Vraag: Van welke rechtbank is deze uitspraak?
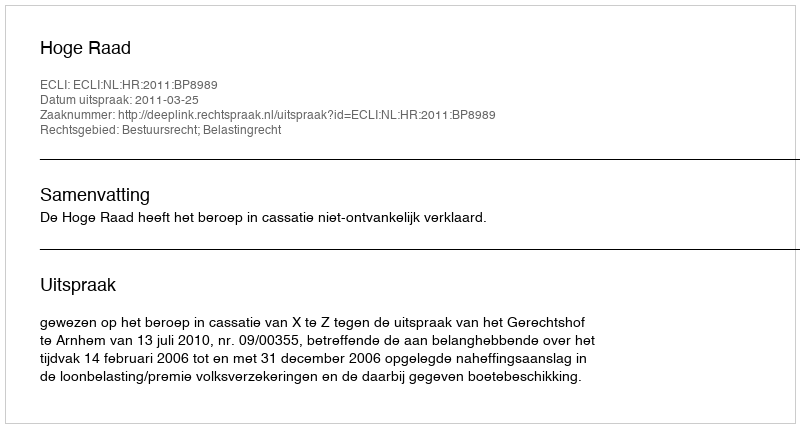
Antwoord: Hoge Raad